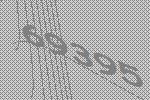
69395